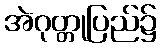
အဲဂုတ္တုပြည်၌